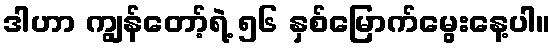
ဒါဟာ ကျွန်တော့်ရဲ့ ၅၆ နှစ်မြောက်မွေးနေ့ပါ။